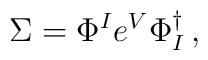
\Sigma = \Phi^{I}e^{V}\Phi_{I}^{\dagger} \, ,